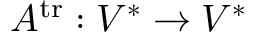
A ^ { \operatorname { t r } } : V ^ { * } \rightarrow V ^ { * }